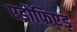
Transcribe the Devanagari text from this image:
एड्रोफिएड